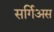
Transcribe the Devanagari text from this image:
सर्गिअस